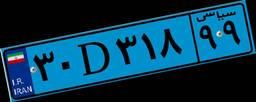
۳۰D۳۱۸۹۹